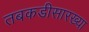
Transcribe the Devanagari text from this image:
तबकडीसारख्या